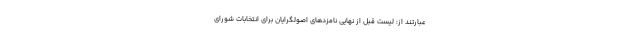
عبارتند از: لیست قبل از نهایی نامزدهای اصولگرایان برای انتخابات شورای